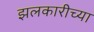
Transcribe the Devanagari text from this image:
झलकारीच्या